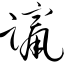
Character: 蹿